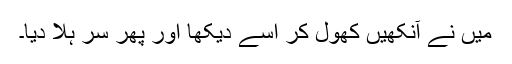
میں نے آنکھیں کھول کر اسے دیکھا اور پھر سر ہلا دیا۔